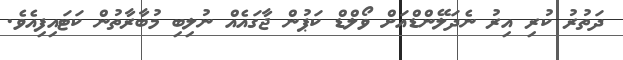
ދަތުރު ކުރި އިރު ނެދަލޭންޑްއަށް ވޯލްޑް ކަޕުން ޖާގައެއް ނުލިބި މުބާރާތުން ކަޓައިފިއެވެ.